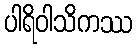
ပါရိဝါသိကဿ